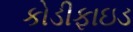
કોડીફાઇડ